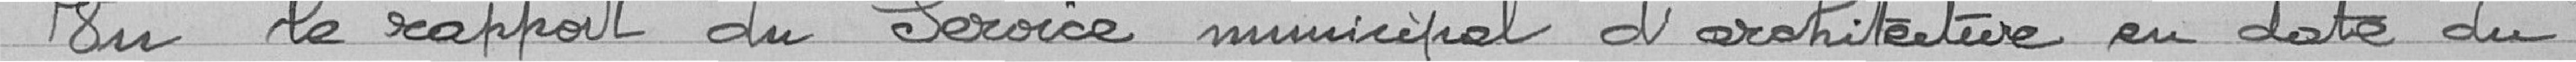
Vu le rapport du service municipal d'architecture en date du